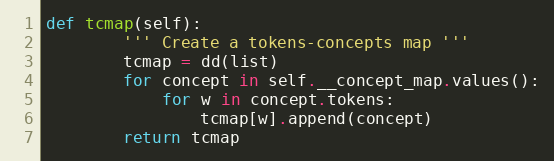
Language: Python
def tcmap(self):
        ''' Create a tokens-concepts map '''
        tcmap = dd(list)
        for concept in self.__concept_map.values():
            for w in concept.tokens:
                tcmap[w].append(concept)
        return tcmap